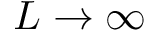
L \to \infty